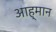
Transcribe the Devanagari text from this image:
आह्मान